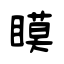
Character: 瞙